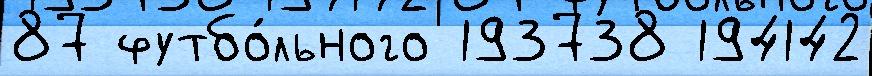
87 футбо́льного 193738 194142